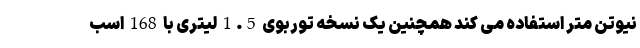
نیوتن متر استفاده می کند همچنین یک نسخه توربوی 1.5 لیتری با 168 اسب